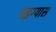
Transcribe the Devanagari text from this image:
थडग्यास